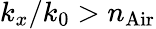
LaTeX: k_{x}/{k_{0}}>n_{\mathrm{Air}}